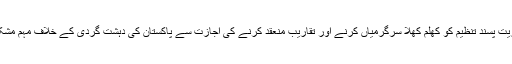
ایک کالعدم عسکریت پسند تنظیم کو کھلم کھلا سرگرمیاں کرنے اور تقاریب منعقد کرنے کی اجازت سے پاکستان کی دہشت گردی کے خلاف مہم مشکوک ہو جاتی ہے۔